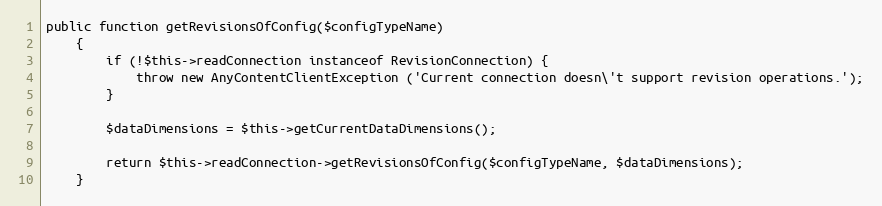
Language: PHP
public function getRevisionsOfConfig($configTypeName)
    {
        if (!$this->readConnection instanceof RevisionConnection) {
            throw new AnyContentClientException ('Current connection doesn\'t support revision operations.');
        }

        $dataDimensions = $this->getCurrentDataDimensions();

        return $this->readConnection->getRevisionsOfConfig($configTypeName, $dataDimensions);
    }